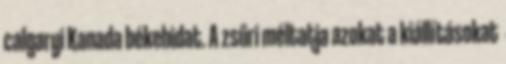
calgaryi Kanada békehidat. A zsűri méltatja azokat a kiállításokat